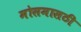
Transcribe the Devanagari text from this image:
मोसमासठी